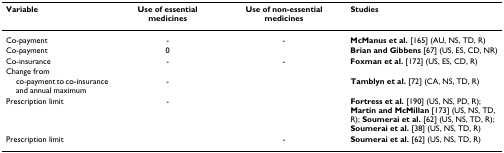
<table><thead><tr><td><b>Variable</b></td><td><b>Use of essential medicines</b></td><td><b>Use of non-essential medicines</b></td><td><b>Studies</b></td></tr></thead><tbody><tr><td>Co-payment</td><td>-</td><td>-</td><td><b>McManus et al. </b>[165] (AU, NS, TD, R)</td></tr><tr><td>Co-payment</td><td>0</td><td></td><td><b>Brian and Gibbens </b>[67] (US, ES, CD, NR)</td></tr><tr><td>Co-insurance</td><td>-</td><td>-</td><td><b>Foxman et al. </b>[172] (US, ES, CD, R)</td></tr><tr><td>Change from</td><td></td><td></td><td></td></tr><tr><td> co-payment to co-insurance and annual maximum</td><td>-</td><td></td><td><b>Tamblyn et al. </b>[72] (CA, NS, TD, R)</td></tr><tr><td>Prescription limit</td><td>-</td><td></td><td><b>Fortress et al. </b>[190] (US, NS, PD, R); <b>Martin and McMillan </b>[173] (US, NS, TD, R); <b>Soumerai et al. </b>[62] (US, NS, TD, R); <b>Soumerai et al. </b>[38] (US, NS, TD, R)</td></tr><tr><td>Prescription limit</td><td></td><td>-</td><td><b>Soumerai et al. </b>[62] (US, NS, TD, R)</td></tr></tbody></table>